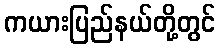
ကယားပြည်နယ်တို့တွင်